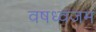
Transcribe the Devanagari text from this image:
वषध्वजम